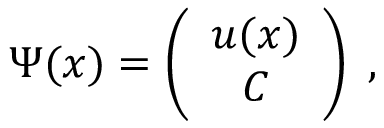
\Psi ( x ) = \left( \begin{array} { c } { { u ( x ) } } \\ { { C } } \end{array} \right) \; ,